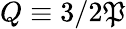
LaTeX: Q\equiv3/2\mathfrak{P}